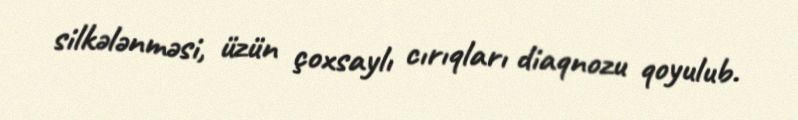
silkələnməsi, üzün çoxsaylı cırıqları diaqnozu qoyulub.